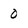
Character: 0